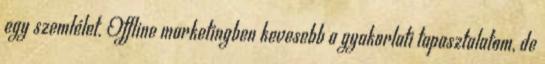
egy szemlélet. Offline marketingben kevesebb a gyakorlati tapasztalatom, de